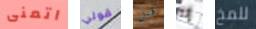
اتمنى قولي قبل إنه للمخ